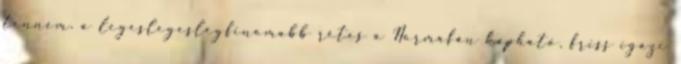
tenném. a legeslegeslegfinomabb rétes a Normafán kapható, friss igazi